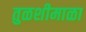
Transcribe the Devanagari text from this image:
तुळशीमाळा